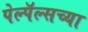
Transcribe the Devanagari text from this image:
पेल्पॅल्सच्या